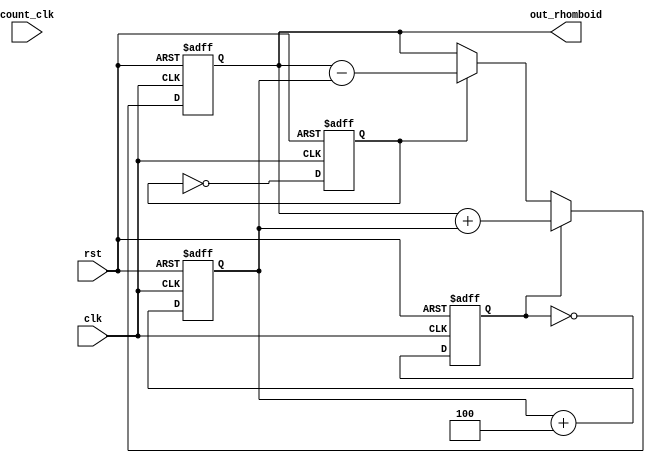
`timescale 1ns/1ns
module rhomboid(input clk,rst,input[7:0] count_clk,output reg[7:0] out_rhomboid);
  reg up,down;
  reg[7:0] x;
  always@(posedge clk,posedge rst) begin:count_up
  if(rst)
    out_rhomboid<=8'b10000000;
  else if(up)
    out_rhomboid<=out_rhomboid+x;
  else if(down)
    out_rhomboid<=out_rhomboid-x;
  end
  always@(posedge clk,posedge rst) begin:checking
    if(rst) begin
      up<=1'b1;
      down<=1'b0;
    end
    else begin
      up<=~up;
      down<=~down;
    end
  end
  always@(posedge clk,posedge rst) begin:number
  if(rst)
    x<=8'b00000010;
  else
    x<=x+4;
  end

endmodule